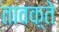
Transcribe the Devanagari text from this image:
तावक़्ते